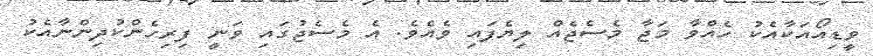
ވީޑިއޯއަކާއެކު ހެއްވާ މަޖާ މެސެޖެއް ލިޔެފައި ވެއެވެ. އެ މެސެޖުގައި ވަނީ ފިރިހެންކުދިންނާއެކު